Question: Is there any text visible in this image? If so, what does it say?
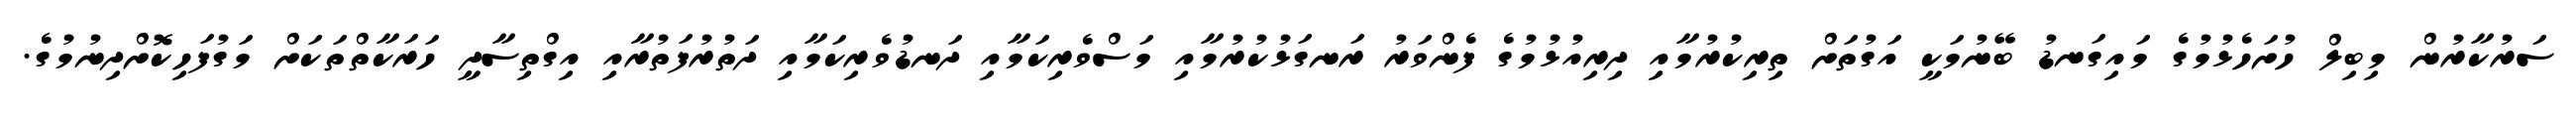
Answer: ސަރުކާރުން މިބިލް ހުށަހެޅުމުގެ މައިގަނޑު ބޭނުމަކީ އަގުތަށް ތިރިކުރުމާއި ދިރިއުޅުމުގެ ފެންވަރު ރަނގަޅުކުރުމާއި މަސްވެރިކަމާއި ދަނޑުވެރިކަމާއި ދަތުރުފަތުރާއި އިގްތިސާދީ ހަރަކާތްތަކަށް މަގުފަހިކޮށްދިނުމުގެ.